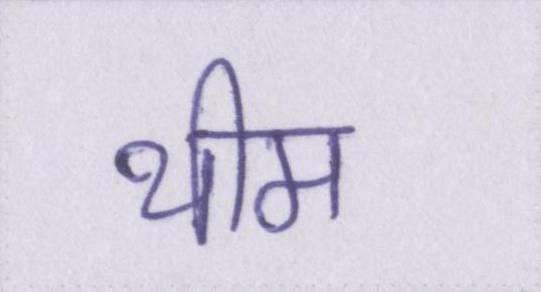
थीम